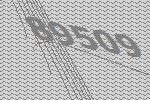
89509